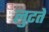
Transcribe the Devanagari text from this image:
लुटते